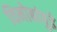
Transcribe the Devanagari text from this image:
विनोबांपुढे